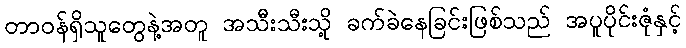
တာဝန်ရှိသူတွေနဲ့အတူ အသီးသီးသို့ ခက်ခဲနေခြင်းဖြစ်သည် အပူပိုင်းဇုံနှင့်